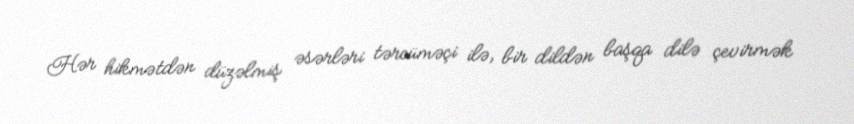
Hər hikmətdən düzəlmiş əsərləri tərcüməçi ilə, bir dildən başqa dilə çevirmək